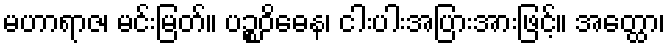
မဟာရာဇ၊ မင်းမြတ်။ ပဉ္စဝိဓေန၊ ငါးပါးအပြားအားဖြင့်။ အတ္ထော၊